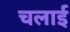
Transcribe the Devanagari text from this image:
चलार्इ